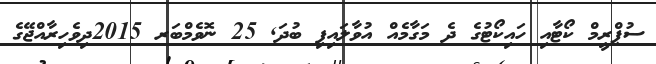
ސުޕްރީމް ކޯޓާއި ހައިކޯޓުގެ ދެ މަގާމެއް އުވާލައިފި ބުދަ